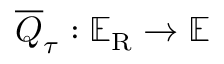
\overline { { \u { Q } } } _ { \u { \tau } } : \mathbb { E } _ { \mathrm { R } } \rightarrow \mathbb { E }